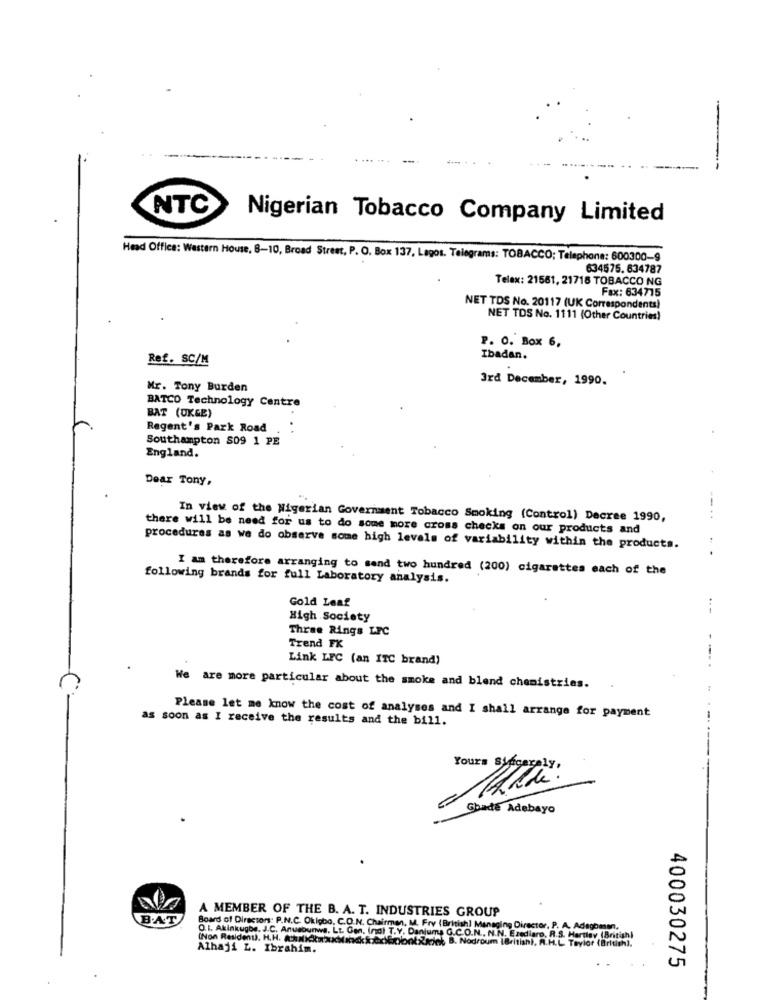
--
NTC
Nigerian Tobacco Company Limited
Head Offles: Western House, 8-10, Broad Street, P. O. Box 137, Lagos. Telegrams: TOBACCO; Telephone: 600300-9
634575. 634787
Telex: 21581, 21718 TOBACCO NG
Fax: 634715
NET TOS No. 20117 (UK Correspondents)
NET TOS No. 1111 (Other Countries)
P. O. Box 6,
Ref. SC/M
Ibadan.
3rd December, 1990.
Mr. Tony Burden
BAT (UKGE)
BATCO Technology Centre
Regent's Park Road
Southampton 809 1 PE
England.
Dear Tony,
In view of the Nigerian Government Tobacco Smoking (Control) Decree 1990,
....
there will be need for us to do some more cross checks on our products and
procedures as we do observe some high levels of variability within the products.
...
I am therefore arranging to send two hundred (200) cigarettes each of the
following brands for full Laboratory analysis.
Gold Leaf
High Society
Three Rings LFC
Trend FX
Link LFC (an ITC brand)
We are more particular about the smoke and blend chemistrias.
as soon as I receive the results and the bill.
Please let me know the cost of analyses and I shall arrange for payment
Yours Syngerely,
Gbade Adebayo
A MEMBER OF THE B. A. T. INDUSTRIES GROUP
BAT
Board of Directors: P.N.C. Okigbo, C.O.N. Chairman, M. Fry (British] Managing Director, P. A. Adagoman,
O.L. Akinkugbe, J.C. Anusbunws. Lt. Gen. Indi T.Y. Daniuma G.C.O.N ., N.N. Ezediaro, R.S. Hartley (British)
Alhaji L. Ibrahim.
Xkick B. Nodroum IBritishi. R.H.L. Taylor (British).
400030275